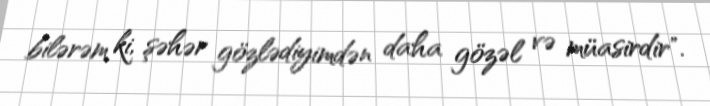
bilərəm ki, şəhər gözlədiyimdən daha gözəl və müasirdir".